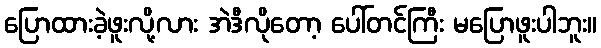
ပြောထားခဲ့ဖူးလို့လား အဲဒီလိုတော့ ပေါ်တင်ကြီး မပြောဖူးပါဘူး။